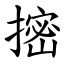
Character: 㨸